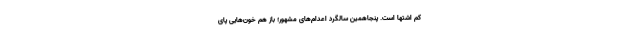
کم اشتها است. پنجاهمین سالگرد اعدام‌های مشهور؛ باز هم خون‌هایی پای